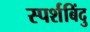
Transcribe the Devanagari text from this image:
स्पर्शबिंदु